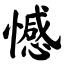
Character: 憾